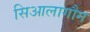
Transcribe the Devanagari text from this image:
सिआलागौग